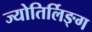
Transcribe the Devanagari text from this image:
ज्योतिर्लिङ्ग